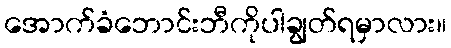
အောက်ခံဘောင်းဘီကိုပါချွတ်ရမှာလား။